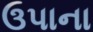
ઉપાના